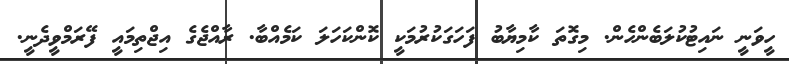
ހީވަނީ ނައިޓުކުލަބެންހެން. މިގޮތަ ކާމިޔާބު ފަހަގަކުރުމަކީ ކޮންކަހަލަ ކަމެއްބާ. ރާއްޖެގެ އިޖްތިމައީ ފޭރަމްވީދެނީ.